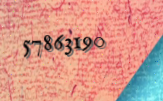
57863190